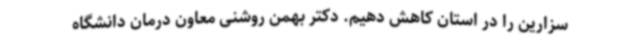
سزارین را در استان کاهش دهیم. دکتر بهمن روشنی معاون درمان دانشگاه